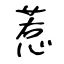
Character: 惹